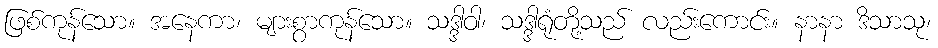
ဖြစ်ကုန်သော။ အနေကာ၊ များစွာကုန်သော။ သဒ္ဒါဝါ၊ သဒ္ဒါရုံတို့သည် လည်းကောင်း။ နာနာ ဒိသာသု၊